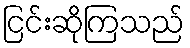
ငြင်းဆိုကြသည်